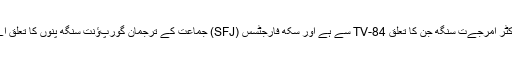
جازبِ نظر اور شعلہ بےان ڈاکٹر امرجےت سنگھ جن کا تعلق TV-84 سے ہے اور سکھ فارجٹسس (SFJ) جماعت کے ترجمان گورپﺅنت سنگھ پنوں کا تعلق اےسی ہی شخصےات سے ہے۔